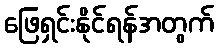
ဖြေရှင်းနိုင်ရန်အတွက်